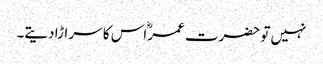
نہیں تو حضرت عمرؓ اس کا سر اڑا دیتے۔